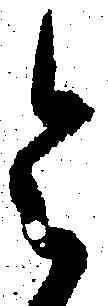
令